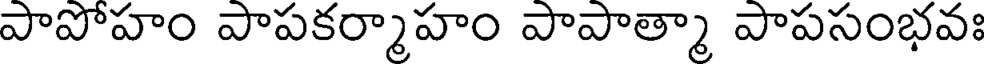
పాపోహం పాపకర్మాహం పాపాత్మా పాపసంభవః